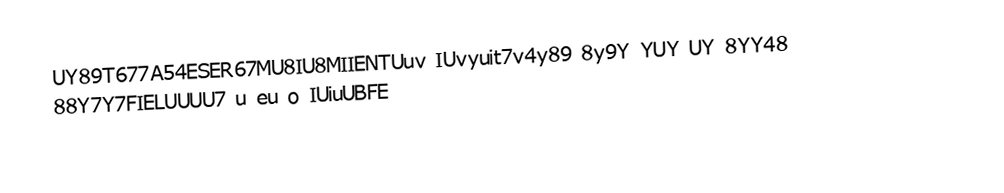
UY89T677A54ESER67MU8IU8MIIENTUuv IUvyuit7v4y89 8y9Y YUY UY 8YY48 88Y7Y7FIELUUUU7 u eu o IUiuUBFE